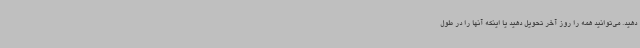
دهید. می‌توانید همه را روز آخر تحویل دهید یا اینکه آنها را در طول